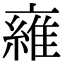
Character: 𬽜